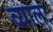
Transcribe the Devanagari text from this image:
व्यालः